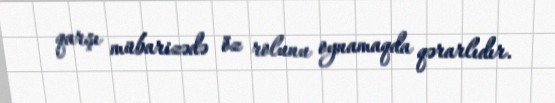
qarşı mübarizədə öz rolunu oynamaqda qərarlıdır.